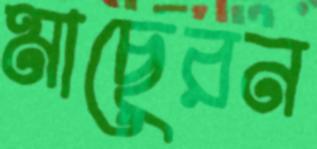
মাছেরন